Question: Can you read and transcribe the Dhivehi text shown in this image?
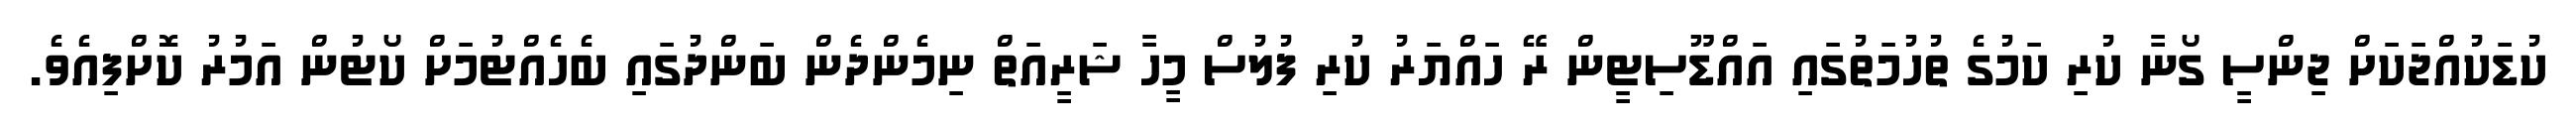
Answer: ކުޑަކުއްޖަކަށް ޖިންސީ ގޯނާ ކުރި ކަމުގެ ތުހުމަތުގައި އައްޑޫސިޓީން ރޭ ހައްޔަރު ކުރި ފުލުސް މީހާ ޝަރީއަތް ނިމެންދެން ބަންދުގައި ބެހެއްޓުމަށް ކޯޓުން އަމުރު ކޮށްފިއެވެ.